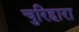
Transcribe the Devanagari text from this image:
चुरिहारा